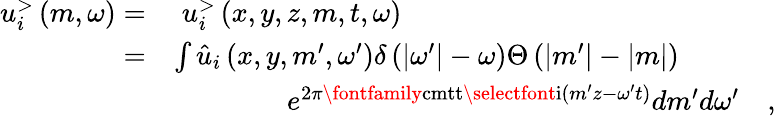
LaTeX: \begin{array}{rl}{u_{i}^{>}\left(m,\omega\right)=}&{\; u_{i}^{>}\left(x,y,z,m,t,\omega\right)}\\ {=}&{\int\hat{u}_{i}\left(x,y,m^{\prime},\omega^{\prime}\right)\delta\left(|\omega^{\prime}|-\omega\right)\Theta\left(|m^{\prime}|-|m|\right)}\\ &{\qquad\qquad e^{2\pi\textrm{\fontfamily{cmtt}\selectfont i}(m^{\prime}z-\omega^{\prime}t)}dm^{\prime}d\omega^{\prime}\quad\textrm{,}}\end{array}